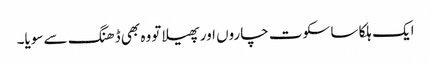
ایک ہلکا سا سکوت چاروں اور پھیلا تووہ بھی ڈھنگ سے سویا۔